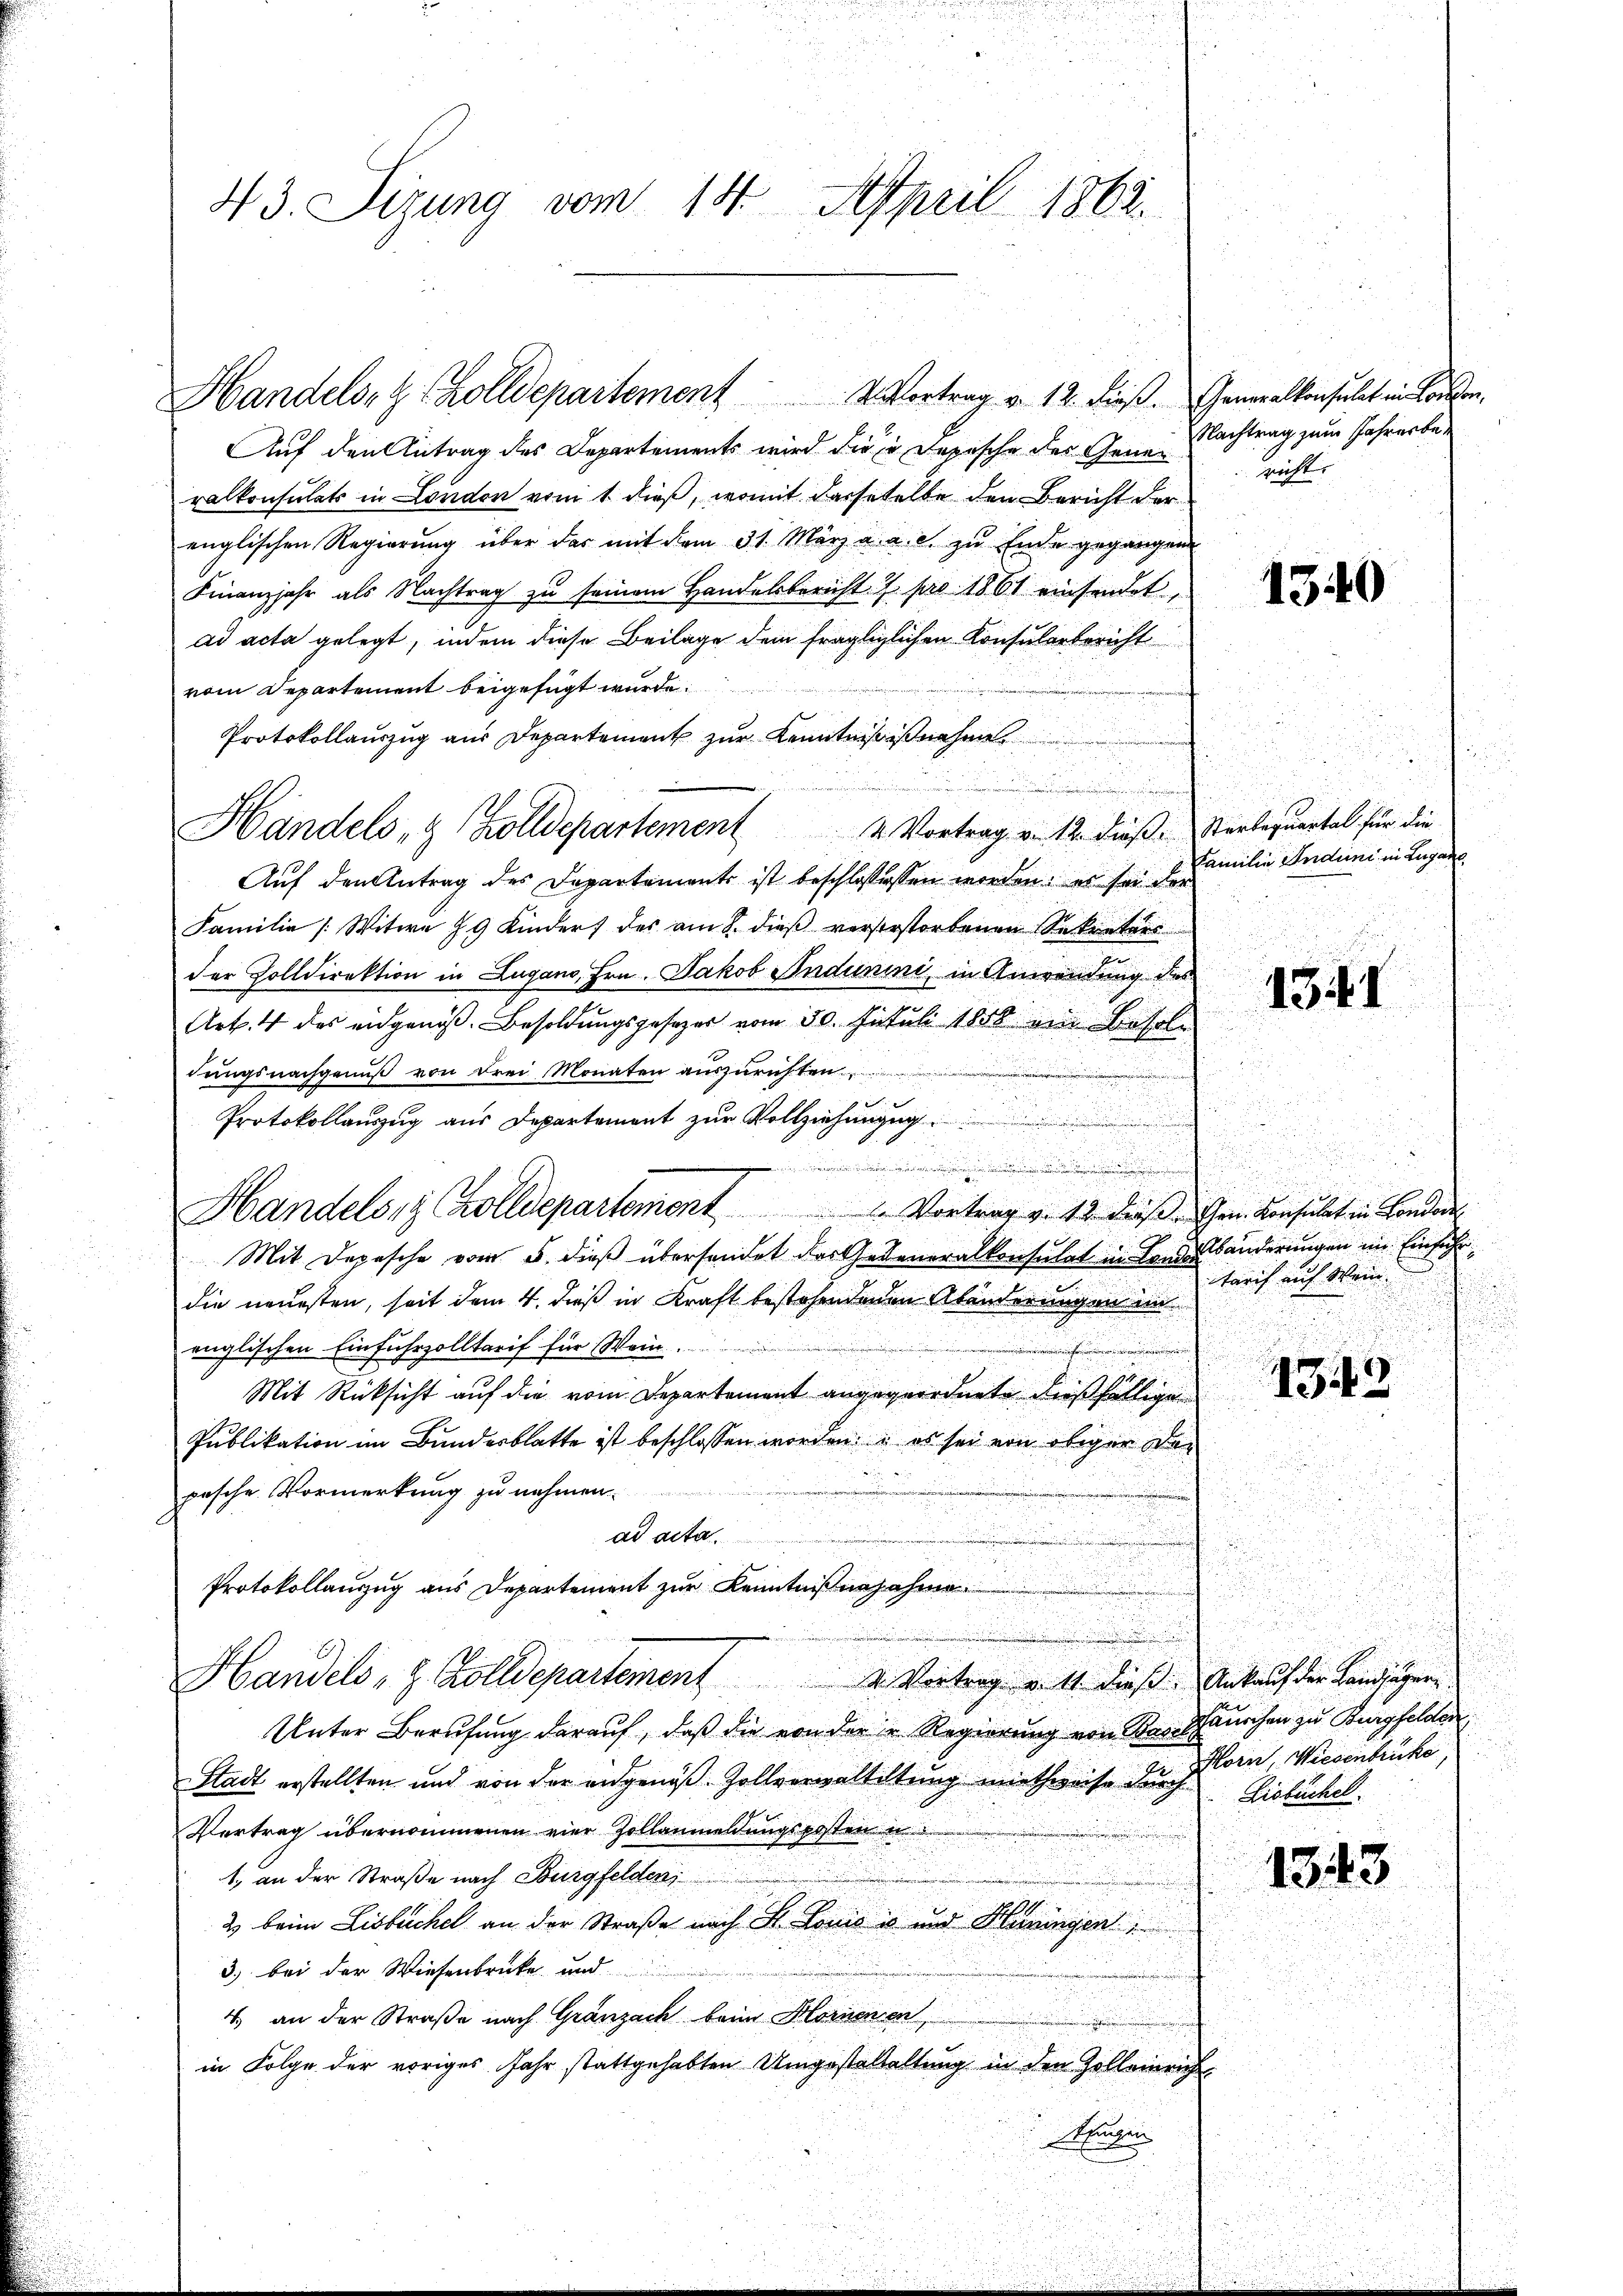
43. Sizung vom 14. April 1862.

Auf den Antrag des Departements wird die in Depesche der Gene Nachtrag zum Jahrerberalkonsulats in London vom 1 dieß, womit dasseselbe den Bericht der
englischen Regierung über das mit dem 31. März a. a. c. zu Ende gegangen
Finanzjahr als Nachtrag zu seinem Handelsbericht 2. pro 1861 einsendet,
ad acta gelegt, indem diese Beilage dem fragliglichen Konsularbericht
vom Departement beigefügt wurde.
Protokollauszug aus Departement zur Kenntnißißnahme
.
.

Handels, & Zolldepartement 2 Vortrag v. 12. dieß. Serbequartal für die
Auf den Antrag des Departements ist beschlossessen worden: es sei der
Familie [Witwe J9 Kindert des am 8. dieß verstestorbenen Sekretärs
der Zolldirektion in Lugano, Hrn. Jakob Indunini in Anwendung des
Art. 4 des eidgenoß. Besoldungsgesezer vom 30. Jutuli 1858 ein Besoldungsnachgenuß von drei Monaten auszurichten
Protokollaŭszŭg aŭs Departement zŭr Vollziehŭngen.
.
.
Handels Zolldepartement. Vortrag v. 12. daβ Gen. Konsulat in London
Mit Depesche vom 5. dieß übersendet der Gatteneralkonsulat in Londolbänderungen im Einfuhr
die neuesten, seit dem 4. dieß in Kraft bestehendenen Abänderungen in
englischen Einfuhrzolltarif für Wein.
Mit Rücksicht auf die vom Departement angegeordnete dießfällige
Publikation im Bundesblatte ist beschlossen worden: es sei von obiger den
pasche Vormerkung zu nehmen.
ad acta.
Protokollanzug aus Departement zur Kenntnißenjahn
Handels- & Zolldepartement 2. Vortrag v. 11 dieß. Ankauf der Landjäger
Unter Berufung darauf, daß die von der Regierung von Raufhäuschen zu Burgfelden
Stadt erstellten und von der eidgenöß-Zollverwaltetung miethweise durch Eisbüchel
Vertrag übernommenen vier Zollanmeldungsposten u. d.
1. an der Straße nach Burgfelden,
2 beim Lisbüchel an der Straße nach S. Louis in und Hüningen
3) bei der Wiesenbrücke und
4.) an der Straße nach Gränzach beim Hornenen
in Folge der voriges Jahr stattgehabten Umgestaltaltung in den Zolleinrich
Ahnen

Handels- & Zolldepartement           2 Vortrag v. 12. dieß. Generalkonsulat in London.

richt. |

1340

Familie Induni in Lugane

13

.

turich auf Mein

1343

Porn, Wiesenbrücke,

1343